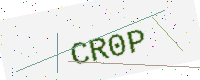
Text: CR0P